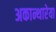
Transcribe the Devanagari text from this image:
अकान्थारेया